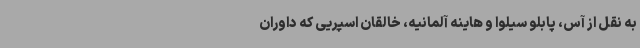
به نقل از آس، پابلو سیلوا و هاینه آلمانیه، خالقان اسپریی که داوران